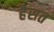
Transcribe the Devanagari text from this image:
हैसत